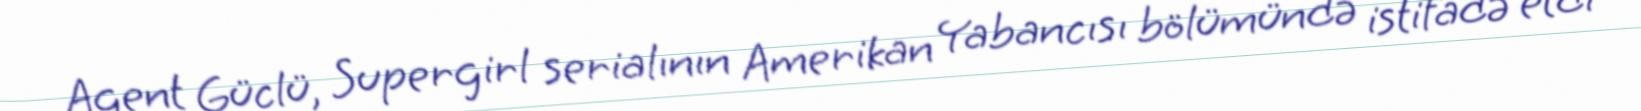
Agent Güclü, Supergirl serialının Amerikan Yabancısı bölümündə istifadə etdi